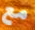
مع